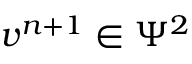
\boldsymbol { v } ^ { n + 1 } \in \Psi ^ { 2 }